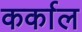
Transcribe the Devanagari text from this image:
कर्काल